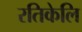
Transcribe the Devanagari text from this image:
रतिकेलि